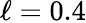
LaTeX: \ell=0.4